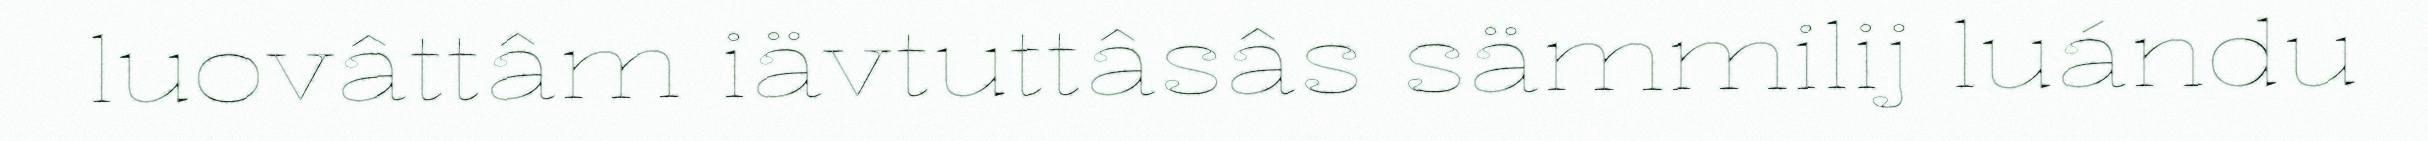
luovâttâm iävtuttâsâs sämmilij luándu